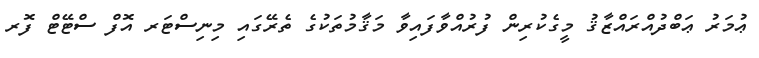
ޢުމަރު ޢަބްދުއްރައްޒާޤު މީގެކުރިން ފުރުއްވާފައިވާ މަޤާމުތަކުގެ ތެރޭގައި މިނިސްޓަރ އޮފް ސްޓޭޓް ފޮރ